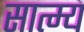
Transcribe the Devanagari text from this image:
सात्म्य